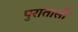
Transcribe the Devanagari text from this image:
पुरातासी